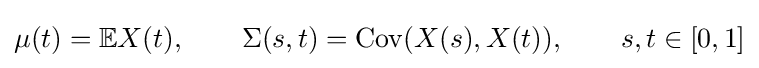
\mu (t)=\mathbb {E} X(t),\qquad \Sigma (s,t)={\textrm {Cov}}(X(s),X(t)),\qquad s,t\in [0,1]